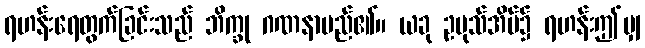
ရဟန်းရေတွက်ခြင်းသည် ဘိက္ခု ဂဏနာမည်၏။ ယခု ဥပုသ်အိမ်၌ ရဟန်းဤမျှ